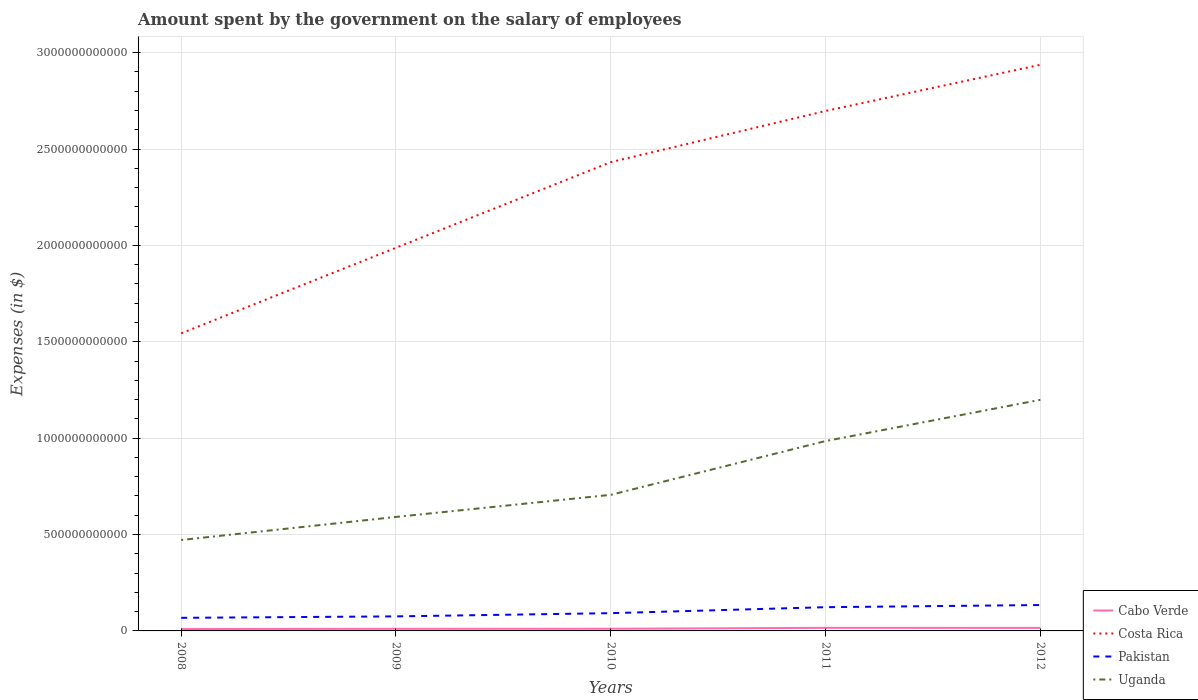
| Years | Cabo Verde | Costa Rica | Pakistan | Uganda |
 | --- | --- | --- | --- | --- |
 | 2008 | 9.88e+09 | 1.54e+12 | 6.79e+10 | 4.72e+11 |
 | 2009 | 1.09e+10 | 1.99e+12 | 7.54e+10 | 5.91e+11 |
 | 2010 | 1.13e+10 | 2.43e+12 | 9.21e+10 | 7.06e+11 |
 | 2011 | 1.6e+10 | 2.7e+12 | 1.23e+11 | 9.85e+11 |
 | 2012 | 1.58e+10 | 2.94e+12 | 1.34e+11 | 1.2e+12 |